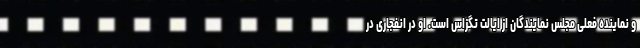
و نماینده فعلی مجلس نمایندگان از ایالت تگزاس است. او در انفجاری در